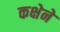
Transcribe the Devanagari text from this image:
कक्षेने